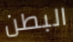
البطن